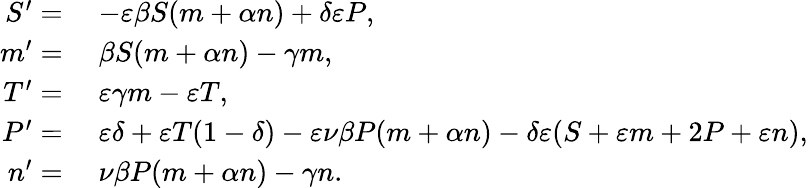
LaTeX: \begin{array}{rl}{S^{\prime}=}&{\; -\varepsilon\beta S(m+\alpha n)+\delta\varepsilon P,}\\ {m^{\prime}=}&{\; \beta S(m+\alpha n)-\gamma m,}\\ {T^{\prime}=}&{\; \varepsilon\gamma m-\varepsilon T,}\\ {P^{\prime}=}&{\; \varepsilon\delta+\varepsilon T(1-\delta)-\varepsilon\nu\beta P(m+\alpha n)-\delta\varepsilon(S+\varepsilon m+2P+\varepsilon n),}\\ {n^{\prime}=}&{\; \nu\beta P(m+\alpha n)-\gamma n.}\end{array}